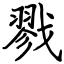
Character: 戮